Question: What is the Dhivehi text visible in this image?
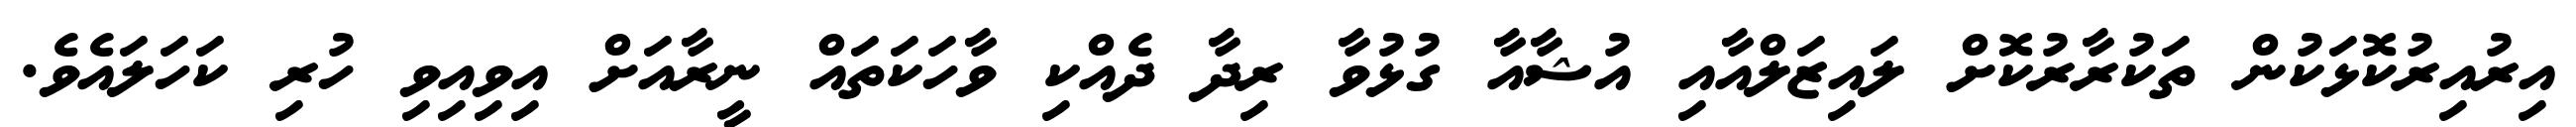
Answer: އިރުއިރުކޮޅަކުން ތަކުރާރުކޮށް ލައިޒަލްއާއި އުޝާއާ ގުޅުވާ ރިދާ ދެއްކި ވާހަކަތައް ނީރާއަށް އިވިއިވި ހުރި ކަހަލައެވެ.